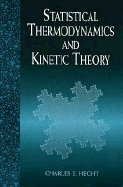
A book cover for Statistical Thermodynamics and Kinetic Theory; Charles E. Hecht; Science & Math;